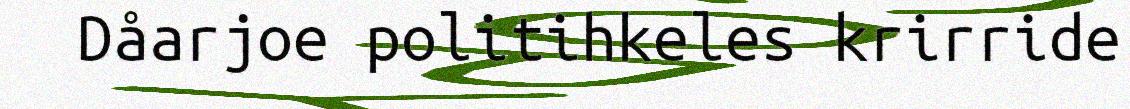
Dåarjoe politihkeles krirride